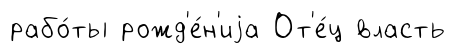
рабо́ты рожд'е́н'иjа От'е́ц власть